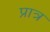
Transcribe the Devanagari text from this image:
प्रात्र